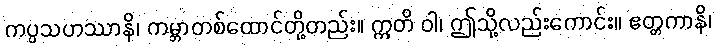
ကပ္ပသဟဿာနိ၊ ကမ္ဘာတစ်ထောင်တို့တည်း။ ဣတိ ဝါ၊ ဤသို့လည်းကောင်း။ ဧတ္တကာနိ၊